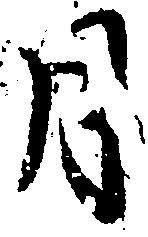
月